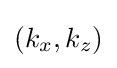
(k_{x},k_{z})